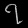
Digit: ၇